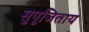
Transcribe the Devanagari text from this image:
सुपूजिताय